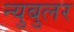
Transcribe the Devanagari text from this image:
न्‍युबुलर